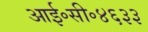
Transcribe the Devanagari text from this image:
आई॰सी॰४६३३